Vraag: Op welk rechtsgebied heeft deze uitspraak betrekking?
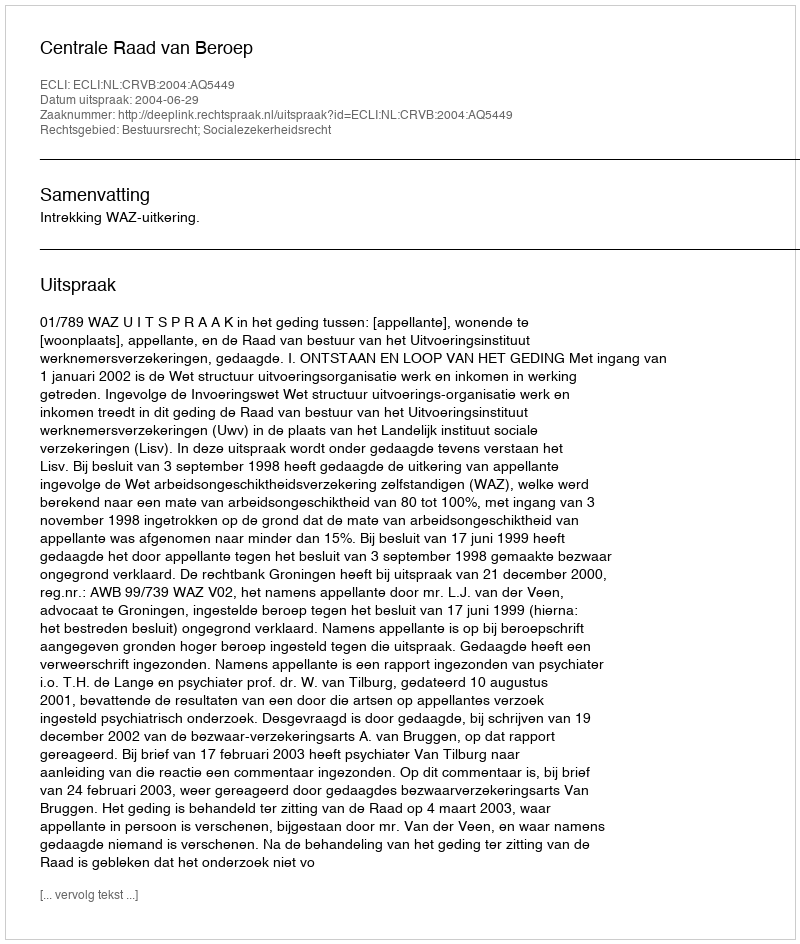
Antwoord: Bestuursrecht; Socialezekerheidsrecht